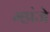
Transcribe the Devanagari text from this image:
म्हांजे